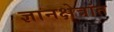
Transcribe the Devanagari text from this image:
ज्ञानक्षेत्रांत